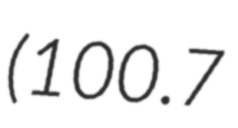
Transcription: (100.7